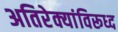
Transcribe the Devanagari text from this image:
अतिरेक्यांविरूध्द